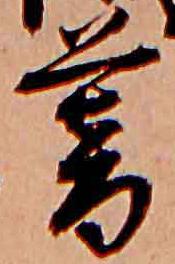
暮